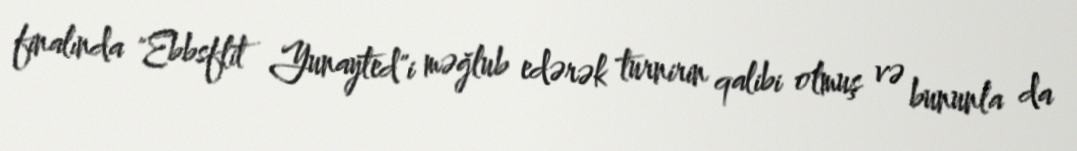
finalında "Ebbsflit Yunayted"i məğlub edərək turnirin qalibi olmuş və bununla da